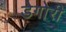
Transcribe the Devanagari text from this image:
डेगोरी